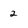
Character: 2